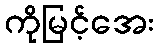
ကိုမြင့်အေး